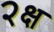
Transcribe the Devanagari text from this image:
२क्ष